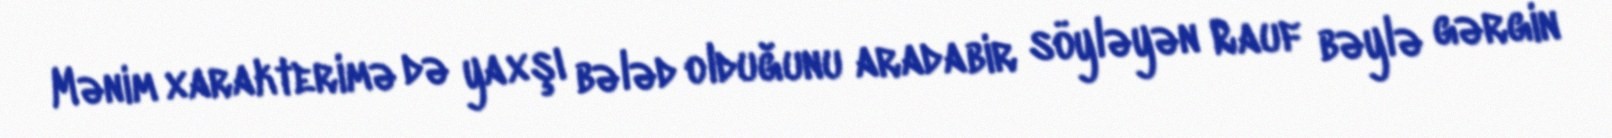
Mənim xarakterimə də yaxşı bələd olduğunu aradabir söyləyən Rauf bəylə gərgin